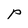
Character: p